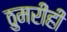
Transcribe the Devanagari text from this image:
ठुमरीही